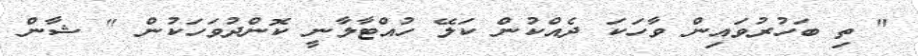
" ތި ބަހުރުވައިން ވާހަކަ ދެއްކުން ކަލޭ ހުއްޓާލާނީ ކޮންދުވަހަކުން " ޝާން